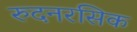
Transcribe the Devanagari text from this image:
रुदनरसिक